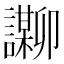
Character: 𬣌